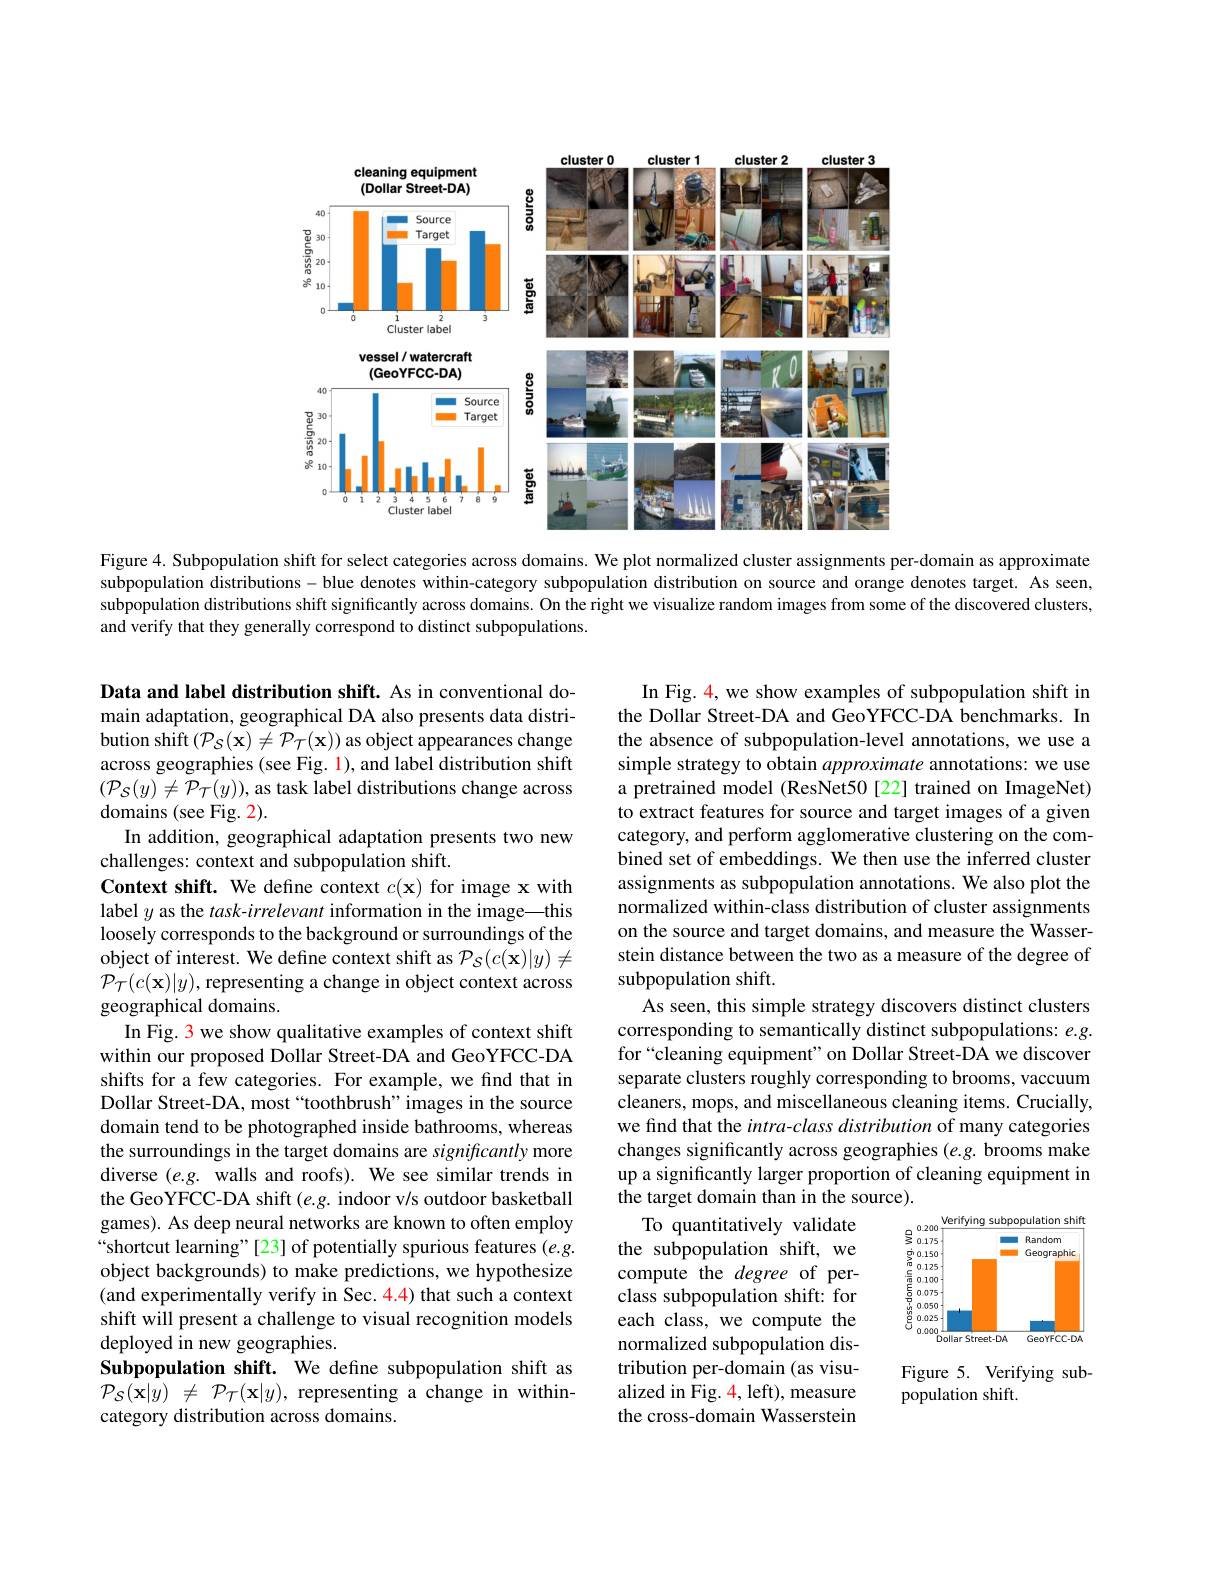
<FigureHere>

Figure 4. Subpopulation shift for select categories across domains. We plot normalized cluster assignments per-domain as approximate subpopulation distributions-blue denotes within-category subpopulation distribution on source and orange denotes target. As seen, subpopulation distributions shift significantly across domains. On the right we visualize random images from some of the discovered clusters, and verify that they generally correspond to distinct subpopulations.

In Fig. 4, we show examples of subpopulation shift in the Dollar Street-DA and GeoYFCC-DA benchmarks. In the absence of subpopulation-level annotations, we use a simple strategy to obtain approximate annotations: we use a pretrained model (ResNet50[22] trained on ImageNet) to extract features for source and target images of a given category, and perform agglomerative clustering on the combined set of embeddings. We then use the inferred cluster assignments as subpopulation annotations. We also plot the normalized within-class distribution of cluster assignments on the source and target domains, and measure the Wasserstein distance between the two as a measure of the degree of subpopulation shift
As seen, this simple strategy discovers distinct clusters corresponding to semantically distinct subpopulations: $e.g.$ for “cleaning equipment” on Dollar Street-DA we discover separate clusters roughly corresponding to brooms, vaccuum cleaners, mops, and miscellaneous cleaning items. Crucially, we find that the intra-class distribution of many categories changes significantly across geographies $(e.g.$ brooms make up a significantly larger proportion of cleaning equipment in the target domain than in the source).
To quantitatively validate

Data and label distribution shift. As in conventional domain adaptation, geographical DA also presents data distribution shift$\left(\mathcal{P}_{\mathcal S}(\mathbf{x})\neq\mathcal{P}_{\mathcal{T}}(\mathbf{x})\right)$as object appearances change across geographies (see Fig. 1), and label distribution shift $(\mathcal{P}_{\mathcal S}(y)\neq\mathcal{P}_{\mathcal T}(y))$, as task label distributions change across domains (see Fig. 2).
In addition, geographical adaptation presents two new
challenges: context and subpopulation shift.
Context shift. We define context $c(\mathbf{x})$ for image x with label $y$ as the $task-irrelevant$ information in the image—this loosely corresponds to the background or surroundings of the object of interest. We define context shift as $\mathcal{P}_S(c(\mathbf{x})|y)\neq$ $\mathcal{P}_{\mathcal{T}}(c(\mathbf{x})|y)$,representing a change in object context across geographical domains.
In Fig. 3 we show qualitative examples of context shift within our proposed Dollar Street-DA and GeoYFCC-DA shifts for a few categories. For example, we find that in Dollar Street-DA, most“toothbrush”images in the source domain tend to be photographed inside bathrooms, whereas the surroundings in the target domains are significantly more diverse $(e.g.$ walls and roofs). We see similar trends in the GeoYFCC-DA shift (e.g. indoor v/s outdoor basketball games). As deep neural networks are known to often employ “shortcut learning"[23] of potentially spurious features (e.g. object backgrounds) to make predictions, we hypothesize (and experimentally verify in Sec. 4.4) that such a context shift will present a challenge to visual recognition models deployed in new geographies.
Subpopulation shift. We define subpopulation shift as $\mathcal{P} _{\mathcal{S} }( \mathbf{x} | y)$ $\neq$ $\mathcal{P} _{\mathcal{T} }( \mathbf{x} | y) $, representing a change in withincategory distribution across domains.

<FigureHere>

the subpopulation shift, we compute the degree of perclass subpopulation shift: for each class, we compute the normalized subpopulation distribution per-domain (as visualized in Fig. $\color{red}{4,\mathrm{left}),\mathrm{measure}}$ the cross-domain Wasserstein

Figure 5. Verifying sub-
population shift.